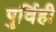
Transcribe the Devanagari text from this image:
पुर्विही